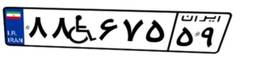
۰۹W۰۴۳۰۳